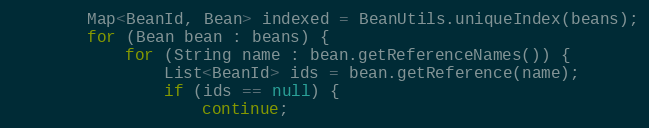
Language: Java
        Map<BeanId, Bean> indexed = BeanUtils.uniqueIndex(beans);
        for (Bean bean : beans) {
            for (String name : bean.getReferenceNames()) {
                List<BeanId> ids = bean.getReference(name);
                if (ids == null) {
                    continue;